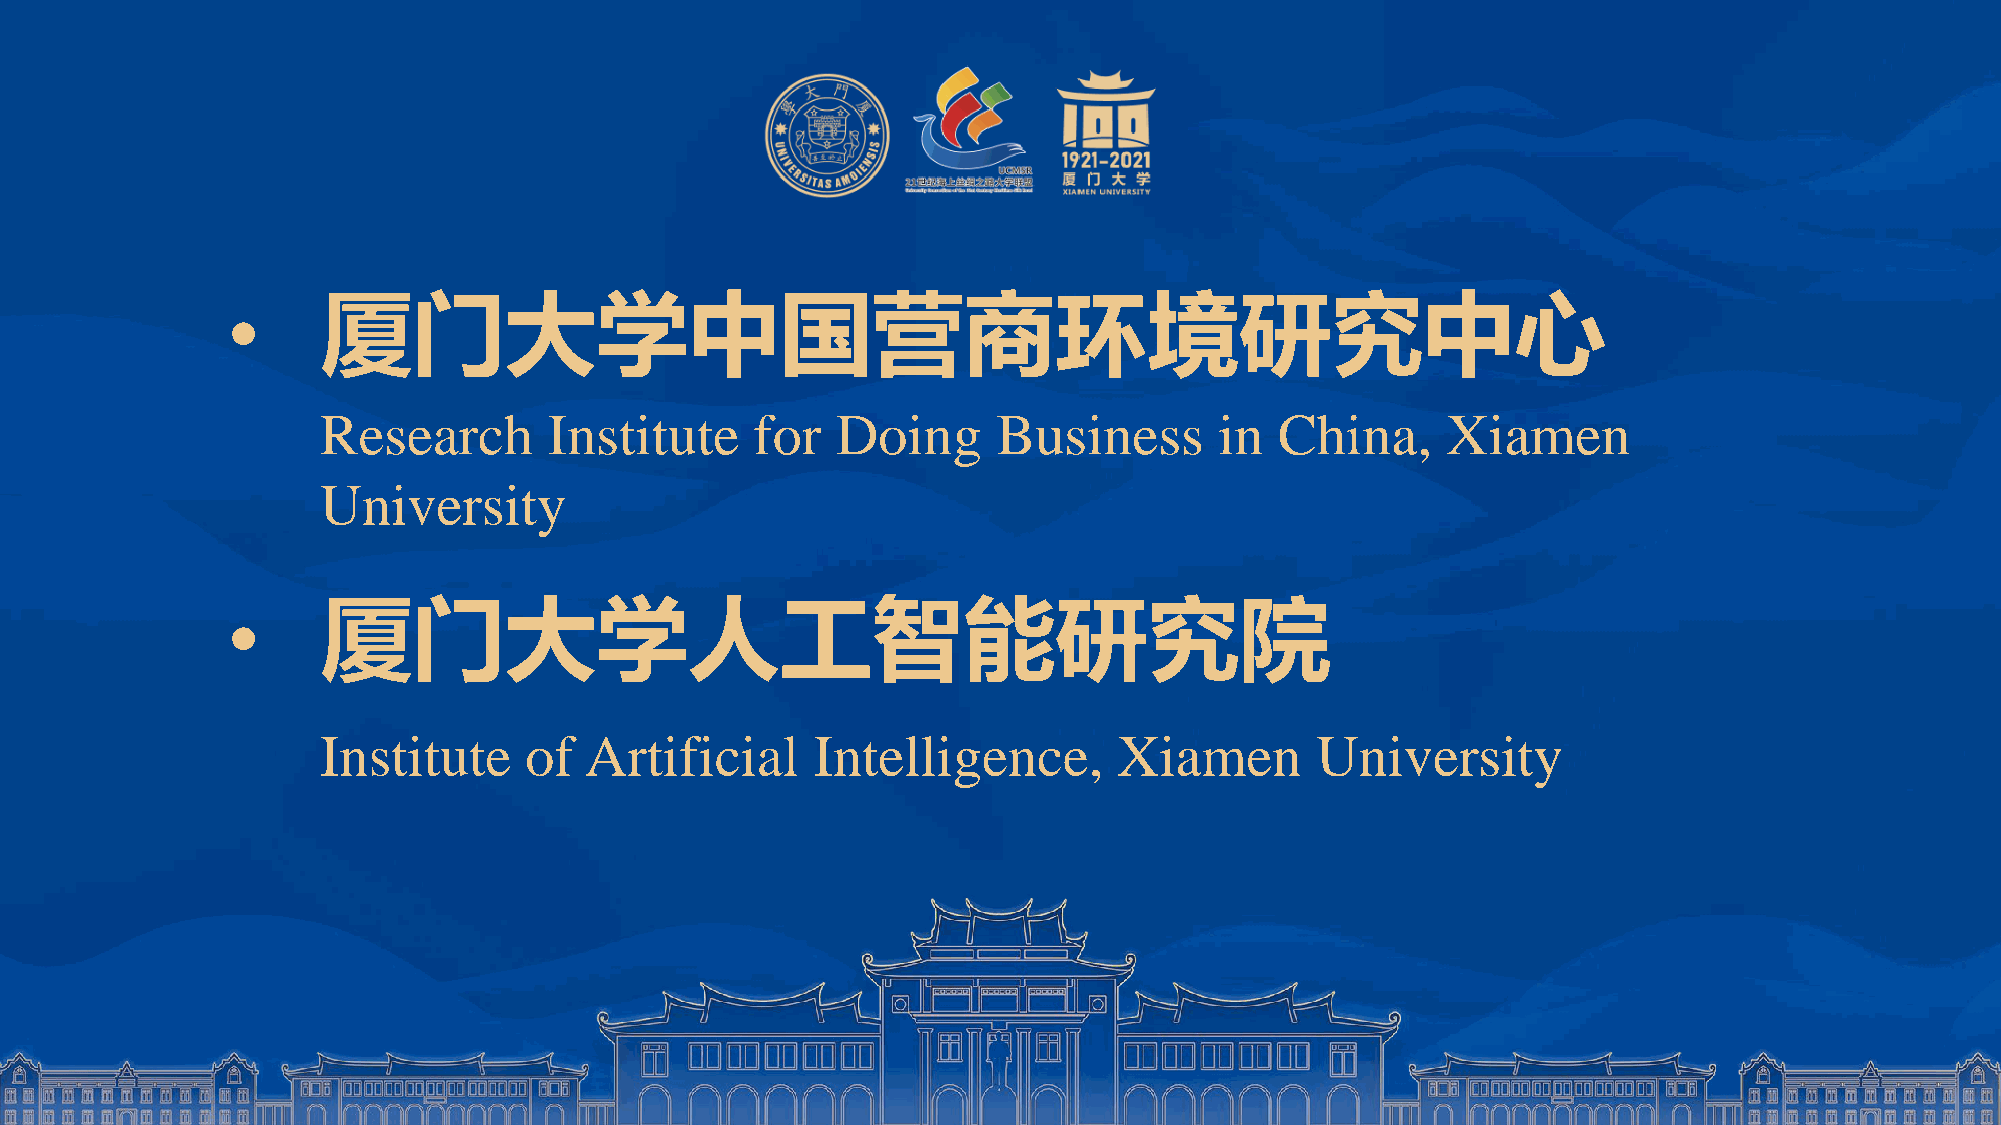
•     厦门大学中国营商环境研究中心
 Research       Institute     for  Doing      Business       in  China,     Xiamen
 University
 •     厦门大学人工智能研究院
 Institute     of  Artificial     Intelligence,       Xiamen       University